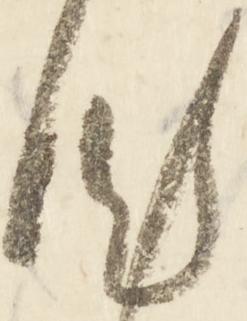
汰